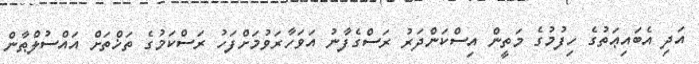
އަދި އެބައިޢަތުގެ ހިފުމުގެ މަތީން އިސްކަންދަރު ރަސްގެފާނު އަވަހާރަވުމަށްފަހު ރަސްކަމުގެ ތަޚްތަށް އައްސުލްޠާން